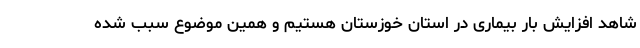
شاهد افزایش بار بیماری در استان خوزستان هستیم‌ و همین موضوع سبب شده